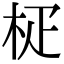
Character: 𣐌